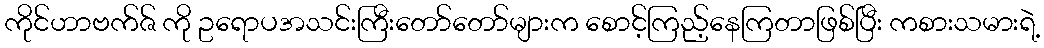
ကိုင်ဟာဗက်ဇ် ကို ဥရောပအသင်းကြီးတော်တော်များက စောင့်ကြည့်နေကြတာဖြစ်ပြီး ကစားသမားရဲ့